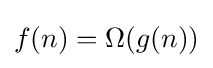
f(n)=\Omega (g(n))